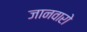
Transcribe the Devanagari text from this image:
जानवारो